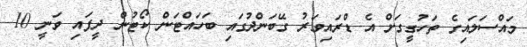
މައްސަލައިގެ ތަހުގީގަށް އެ ޑްރައިވަރު ގޭބަންދުގައި ބަހައްޓަން ކޯޓުން ދީފައި ވަނީ 10